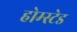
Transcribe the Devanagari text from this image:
होम्स्टेड